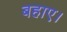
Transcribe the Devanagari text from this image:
बहाए।